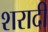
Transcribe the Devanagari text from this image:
शरादी